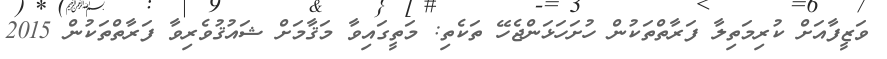
ވަޒީފާއަށް ކުރިމަތިލާ ފަރާތްތަކުން ހުށަހަޅަންޖެހޭ ތަކެތި: މަތީގައިވާ މަޤާމަށް ޝައުޤުވެރިވާ ފަރާތްތަކުން 2015